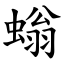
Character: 螉